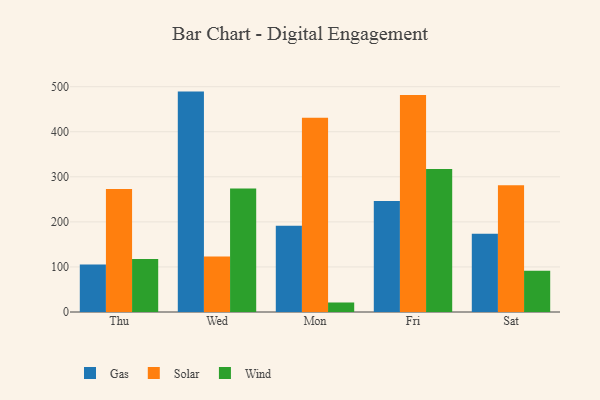
{"axis": {"x": "Day", "y": "Shipments"}, "legend": ["Gas", "Solar", "Wind"], "data": [{"x": "Thu", "y": 105.4, "type": "Gas"}, {"x": "Thu", "y": 272.8, "type": "Solar"}, {"x": "Thu", "y": 117.4, "type": "Wind"}, {"x": "Wed", "y": 489.1, "type": "Gas"}, {"x": "Wed", "y": 122.9, "type": "Solar"}, {"x": "Wed", "y": 274.3, "type": "Wind"}, {"x": "Mon", "y": 191.5, "type": "Gas"}, {"x": "Mon", "y": 431.3, "type": "Solar"}, {"x": "Mon", "y": 21.1, "type": "Wind"}, {"x": "Fri", "y": 246.2, "type": "Gas"}, {"x": "Fri", "y": 481.3, "type": "Solar"}, {"x": "Fri", "y": 317.5, "type": "Wind"}, {"x": "Sat", "y": 173.6, "type": "Gas"}, {"x": "Sat", "y": 281.0, "type": "Solar"}, {"x": "Sat", "y": 91.3, "type": "Wind"}]}